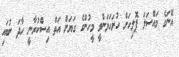
އޭނަގެ މައްސަލަ ޕޮލިހަށް ހުށަހަޅަންވީ މީހުންގެ ގަޔަށް އަތް އިސްކުރާނީ ހާދަ ނުބައި